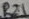
Text: R21